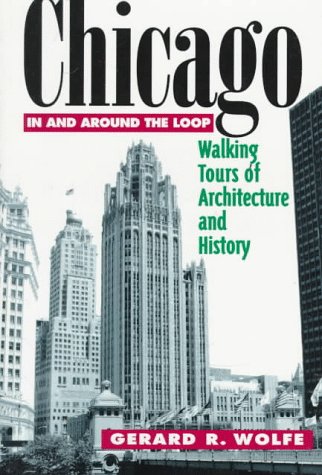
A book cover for Chicago: In and Around the Loop - Walking Tours of Architecture and History; Gerard R. Wolfe; Travel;